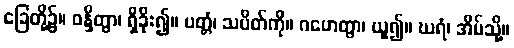
ခြေတို့၌။ ဝန္ဒိတွာ၊ ရှိခိုး၍။ ပတ္တံ၊ သပိတ်ကို။ ဂဟေတွာ၊ ယူ၍။ ဃရံ၊ အိမ်သို့။